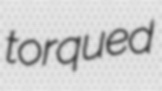
torqued